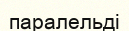
паралельді